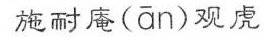
施耐庵(ān)观虎